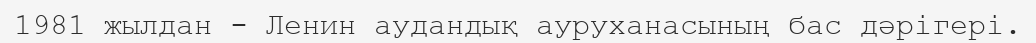
1981 жылдан - Ленин аудандық ауруханасының бас дәрігері.